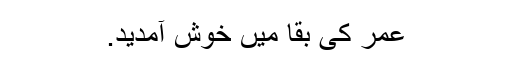
عمر کی بقا میں خوش آمدید.